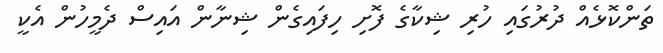
ތަންކޮޅެއް ދުރުގައި ހުރި ޝިކާގެ ފޮށި ހިފައިގެން ޝިނާން އައިސް ދެމީހުން އެކީ